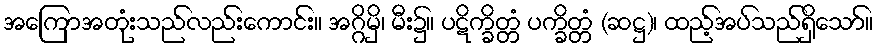
အကြောအတုံးသည်လည်းကောင်း။ အဂ္ဂိမှိ၊ မီး၌။ ပဋိက္ခိတ္တံ ပက္ခိတ္တံ (ဆဋ္ဌ)၊ ထည့်အပ်သည်ရှိသော်။